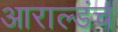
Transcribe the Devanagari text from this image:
आराल्डंच